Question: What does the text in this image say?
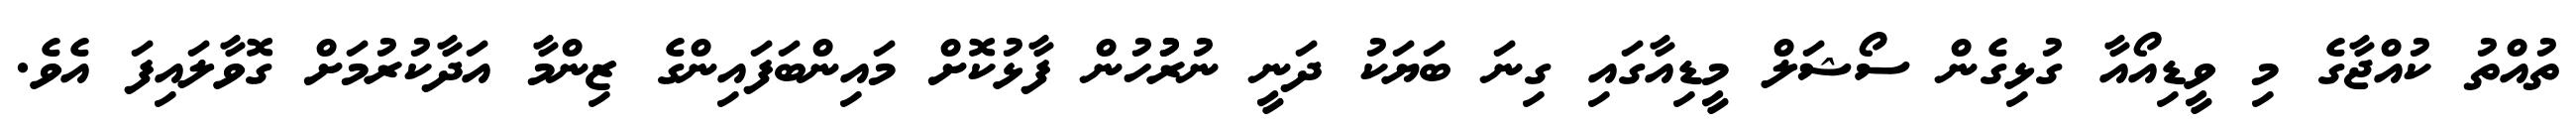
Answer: ތުއްތު ކުއްޖާގެ މި ވީޑިއޯއާ ގުޅިގެން ސޯޝަލް މީޑިއާގައި ގިނަ ބަޔަކު ދަނީ ނުރުުހުން ފާޅުކޮށް މައިންބަފައިންގެ ޒިންމާ އަދާކުރުމަށް ގޮވާލައިފަ އެވެ.